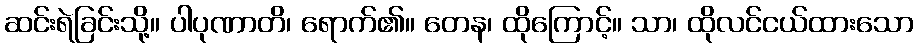
ဆင်းရဲခြင်းသို့။ ပါပုဏာတိ၊ ရောက်၏။ တေန၊ ထိုကြောင့်။ သာ၊ ထိုလင်ငယ်ထားသော